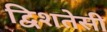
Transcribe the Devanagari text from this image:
द्विशतेसी